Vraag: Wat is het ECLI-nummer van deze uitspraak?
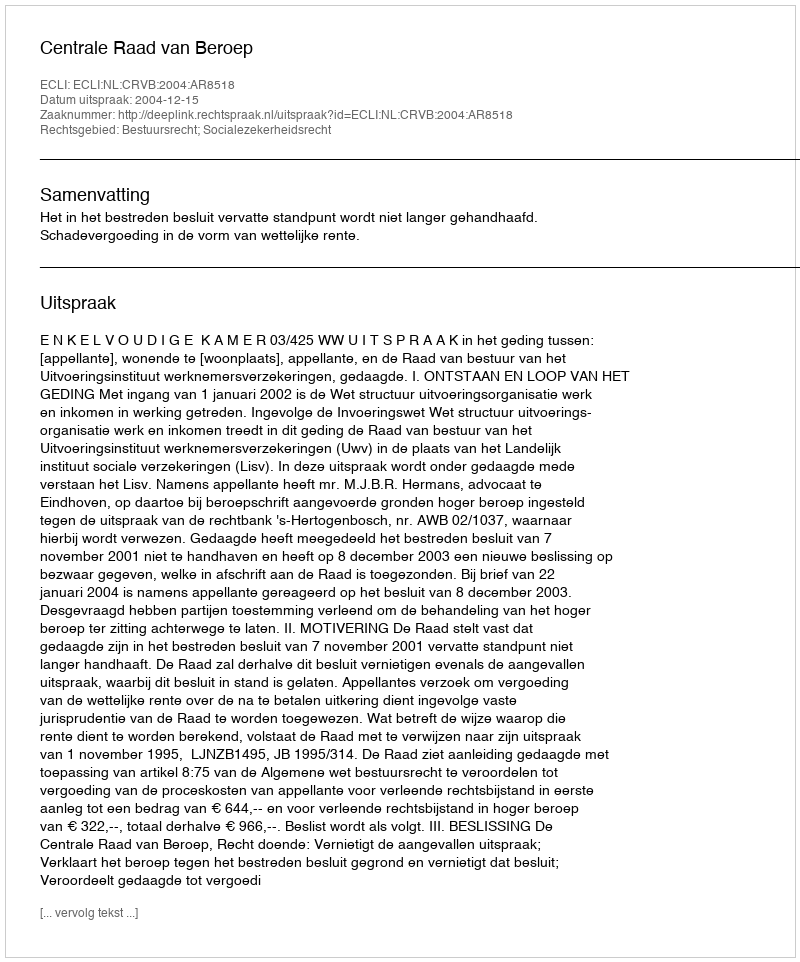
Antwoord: ECLI:NL:CRVB:2004:AR8518